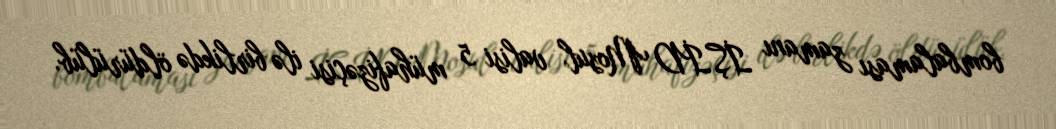
bombalaması zamanı İŞİD Mosul valisi 5 mühafizəçisi ilə birlikdə öldürülüb.